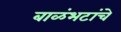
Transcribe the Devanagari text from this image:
बाळंभटांचे